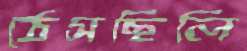
ঠেসছিলি